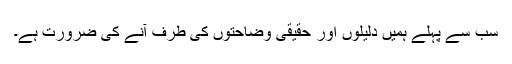
سب سے پہلے ہمیں دلیلوں اور حقیقى وضاحتوں کى طرف آنے کى ضرورت ہے۔